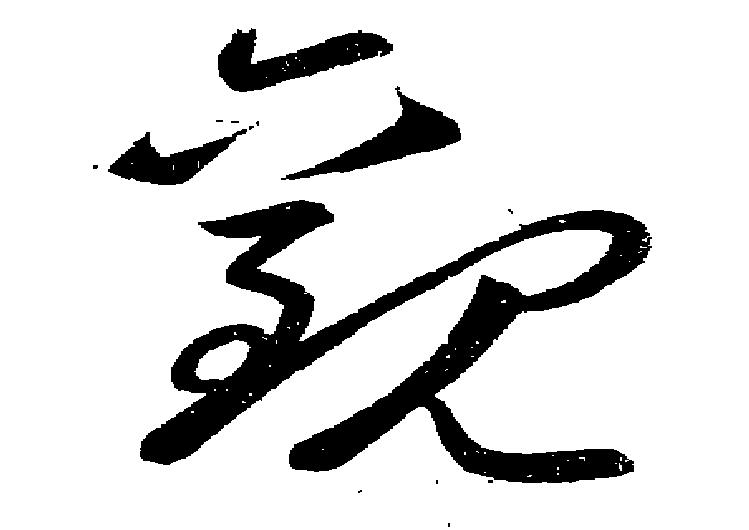
觀